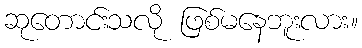
ဆုတောင်းသလို ဖြစ်မနေဘူးလား။